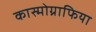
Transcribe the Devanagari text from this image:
कास्मोग्राफिया